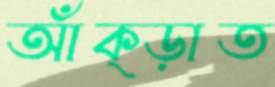
আঁক্‌ড়াত